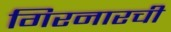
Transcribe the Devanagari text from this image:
गिरनारची